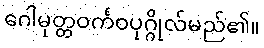
ဂေါမုတ္တဝင်္ကဝပုဂ္ဂိုလ်မည်၏။